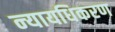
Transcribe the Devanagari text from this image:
न्‍यायधिकरण